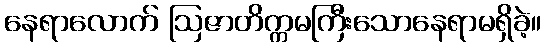
နေရာလောက် ဩဇာတိက္ကမကြီးသောနေရာမရှိခဲ့။